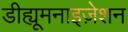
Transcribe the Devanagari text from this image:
डीह्यूमनाइज़ेशन